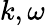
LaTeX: k,\omega